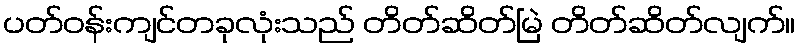
ပတ်ဝန်းကျင်တခုလုံးသည် တိတ်ဆိတ်မြဲ တိတ်ဆိတ်လျက်။